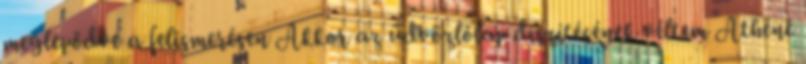
meglepődve a felismerésen Akkor az üdvözlőlap díszítésének véltem Athéné